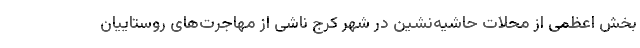
بخش اعظمی از محلات حاشیه‌نشین در شهر کرج ناشی از مهاجرت‌های روستاییان